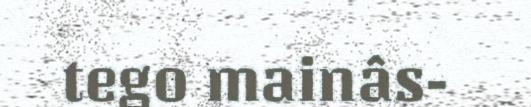
tego mainâs-